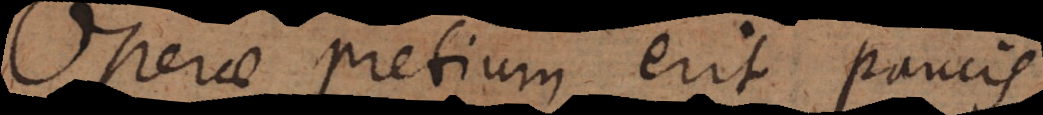
erae pretium erit paucis